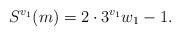
LaTeX: \begin{align*}S^{v_1}(m) = 2\cdot 3^{v_1} w_1 - 1.\end{align*}